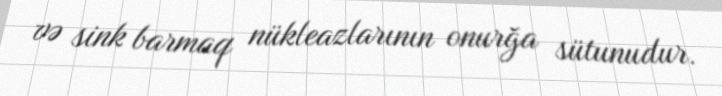
və sink barmaq nükleazlarının onurğa sütunudur.